Mental hospitals Bombay report 1929-33 - 1929-1933
Year: 1929
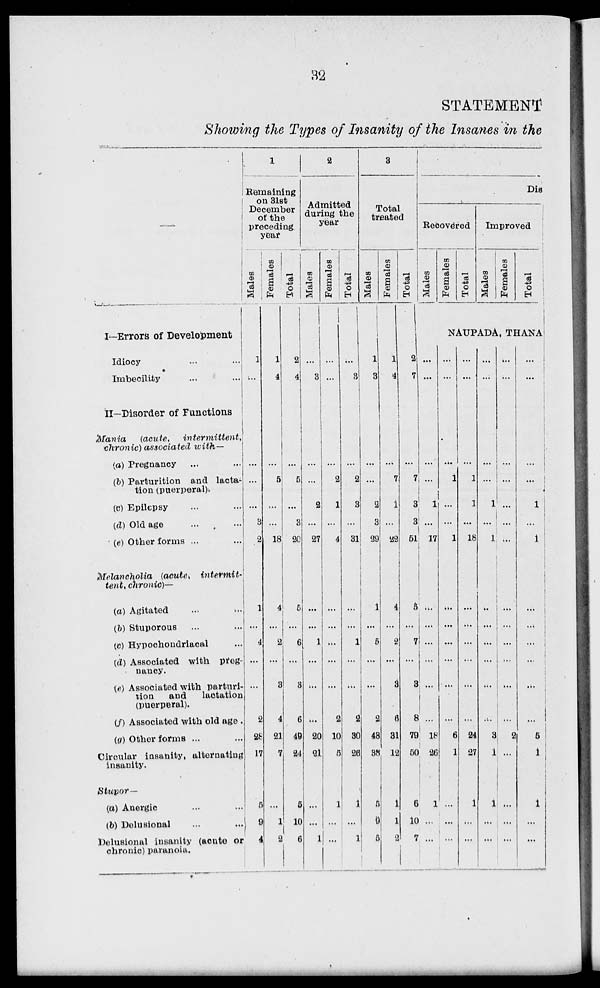
32
STATEMENT
Showing the Types of Insanity of the Insanes in the
—
I—Errors of Development
Idiocy
...
...
Imbecility ... ...
II—Disorder of Functions
Mania
(acute,
intermittent,
chronic) associated with—
(a) Pregnancy ... ...
(b) Parturition and lacta-
tion (puerperal).
(c) Epilepsy ... ...
(d) Old age ... ...
(e) Other forms
...
...
Melancholia
(acute,
intermit-
tent chronic)—
(a) Agitated ... ...
(b) Stuporous
...
...
(c) Hypochondriacal ...
(d) Associated with preg-
nancy.
(e) Associated with parturi-
tion
and
lactation
(puerperal).
(f) Associated with old age
(g) Other forms ... ...
Circular insanity, alternating
insanity.
Stupor—
(a) Anergic ... ...
(b) Delusional ... ...
Delusional insanity (acute or
chronic) paranoia.
1
Remaining
on 31st
December
of the
preceding
year
Males
1
...
...
...
...
...
3
2
1
...
4
...
...
2
28
17
5
9
4
Females
1
4
...
...
5
...
...
18
4
...
2
...
3
4
21
7
...
1
2
Total
2
4
...
...
5
...
3
20
5
...
6
...
3
6
49
24
5
10
6
2
Admitted
during the
year
Males
...
3
...
...
...
2
...
27
...
...
1
...
...
...
20
21
...
...
1
Females
...
...
...
...
2
1
...
4
...
...
...
...
...
2
10
5
1
...
...
Total
...
3
...
...
2
3
...
31
...
...
1
...
...
2
30
26
1
...
1
3
Total
treated
Males
1
3
...
...
...
2
3
29
1
...
5
...
...
2
48
38
5
9
5
Females
1
4
...
...
7
1
...
22
4
...
2
...
3
6
31
12
1
1
2
Total
2
7
...
...
7
3
3
51
5
...
7
...
3
8
79
50
6
10
7
Dis
Recovered
Males
Females
Total
Improved
Males
Females
Total
NAUPADA, THANA
...
...
...
...
...
1
...
17
...
...
...
...
...
...
18
26
1
...
...
...
...
...
...
1
...
...
1
...
...
...
...
...
...
6
1
...
...
...
...
...
...
...
1
1
...
18
...
...
...
...
...
...
24
27
1
...
...
...
...
...
...
...
1
...
1
...
...
...
...
...
...
3
1
1
...
...
...
...
...
...
...
...
...
...
...
...
...
...
...
...
2
...
...
...
...
...
...
...
...
...
1
...
1
...
...
...
...
...
...
5
1
1
...
...